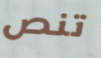
تنص